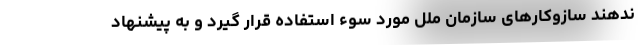
ندهند سازوکارهای سازمان ملل مورد سوء استفاده قرار گیرد و به پیشنهاد